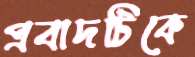
প্রবাদটিকে